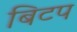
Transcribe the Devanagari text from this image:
बिटप